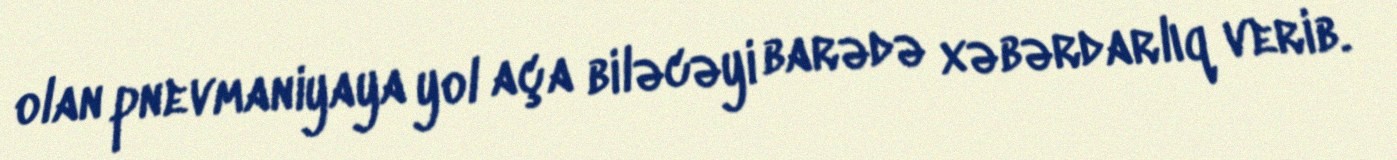
olan pnevmaniyaya yol aça biləcəyi barədə xəbərdarlıq verib.